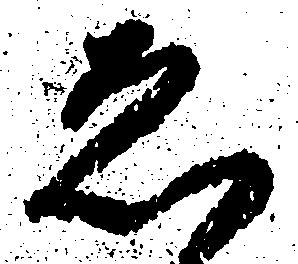
ゑ